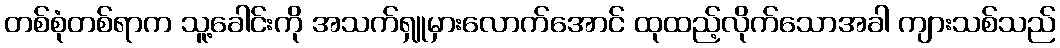
တစ်စုံတစ်ရာက သူ့ခေါင်းကို အသက်ရှူမှားလောက်အောင် ထုထည့်လိုက်သောအခါ ကျားသစ်သည်